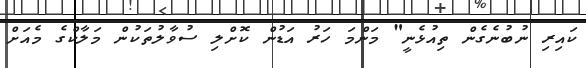
ކައިރި ނުބުނެގެން ތިއުޅެނީ" މަންމަ ހަރު އަޑުން ކޮށްލި ސުވާލުތަކުން މަލާކްގެ މެއަށް